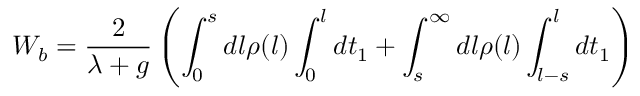
W _ { b } = \frac { 2 } { \lambda + g } \left( \int _ { 0 } ^ { s } d l \rho ( l ) \int _ { 0 } ^ { l } d t _ { 1 } + \int _ { s } ^ { \infty } d l \rho ( l ) \int _ { l - s } ^ { l } d t _ { 1 } \right)